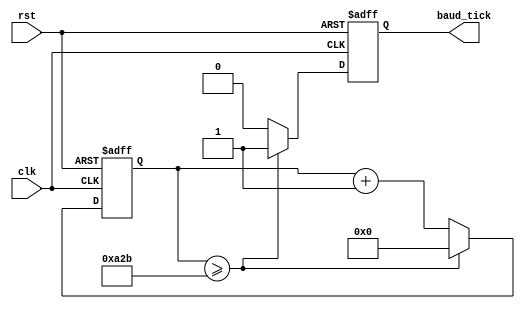

module baud_rate_generator (
    input clk,
    input rst,
    output reg baud_tick
);
    reg [11:0] count; // 12-bit counter for maximum count of 4095

    always @(posedge clk or posedge rst) begin
        if (rst) begin
            count <= 0;
            baud_tick <= 0;
        end else begin
            if (count >= 2603) begin // Adjust based on clock and baud rate
                count <= 0;
                baud_tick <= 1;
            end else begin
                count <= count + 1;
                baud_tick <= 0;
            end
        end
    end
endmodule